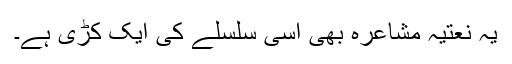
یہ نعتیہ مشاعرہ بھی اسی سلسلے کی ایک کڑی ہے۔